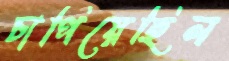
চাপিয়েছিল